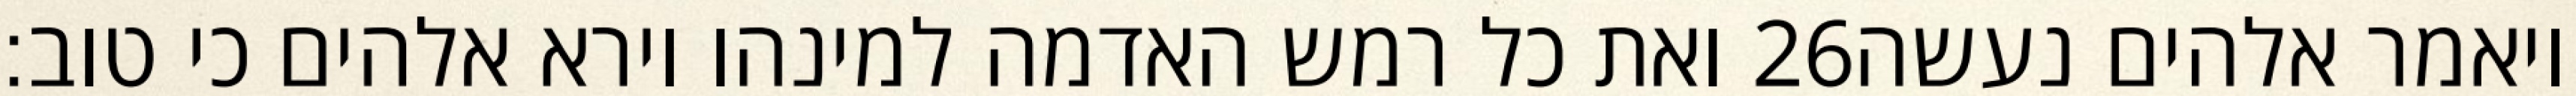
ואת כל רמש האדמה למינהו וירא אלהים כי טוב׃ ‎26‏ ויאמר אלהים נעשה